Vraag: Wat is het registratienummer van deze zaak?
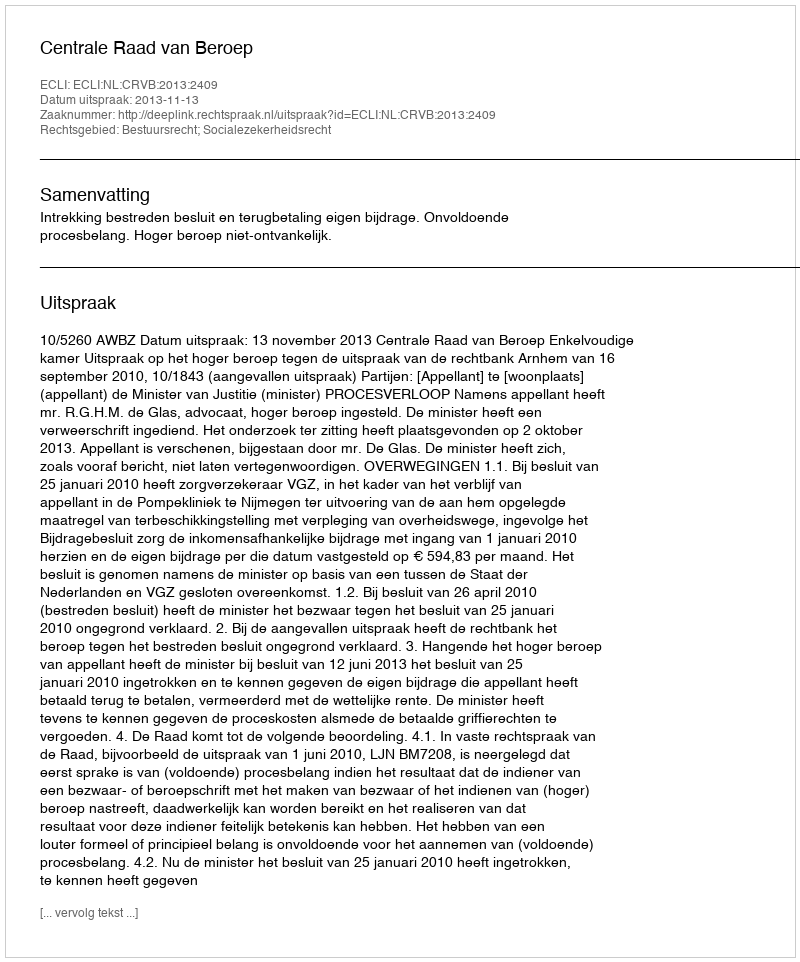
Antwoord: http://deeplink.rechtspraak.nl/uitspraak?id=ECLI:NL:CRVB:2013:2409